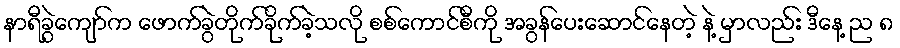
နာရီခွဲကျော်က ဖောက်ခွဲတိုက်ခိုက်ခဲ့သလို စစ်ကောင်စီကို အခွန်ပေးဆောင်နေတဲ့ နဲ့ မှာလည်း ဒီနေ့ ည ၈